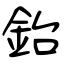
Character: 鈶